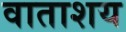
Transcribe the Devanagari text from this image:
वाताशय